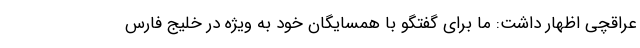
عراقچی اظهار داشت: ما برای گفتگو با همسایگان خود به ویژه در خلیج فارس